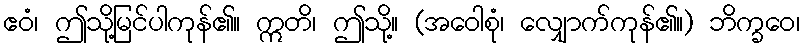
ဧဝံ၊ ဤသို့မြင်ပါကုန်၏။ ဣတိ၊ ဤသို့။ (အဝေါစုံ၊ လျှောက်ကုန်၏။) ဘိက္ခဝေ၊